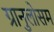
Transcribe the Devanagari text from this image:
ग्रानुलोसम